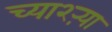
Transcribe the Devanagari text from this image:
च्या२ऱ्या